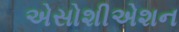
એસોશીએશન